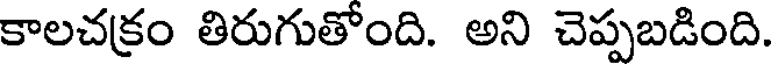
కాలచక్రం తిరుగుతోంది. అని చెప్పబడింది.